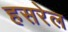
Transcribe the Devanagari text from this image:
हसरेल